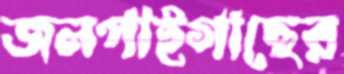
জলপাইগাছের